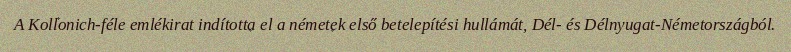
A Kollonich-féle emlékirat indította el a németek első betelepítési hullámát, Dél- és Délnyugat-Németországból.